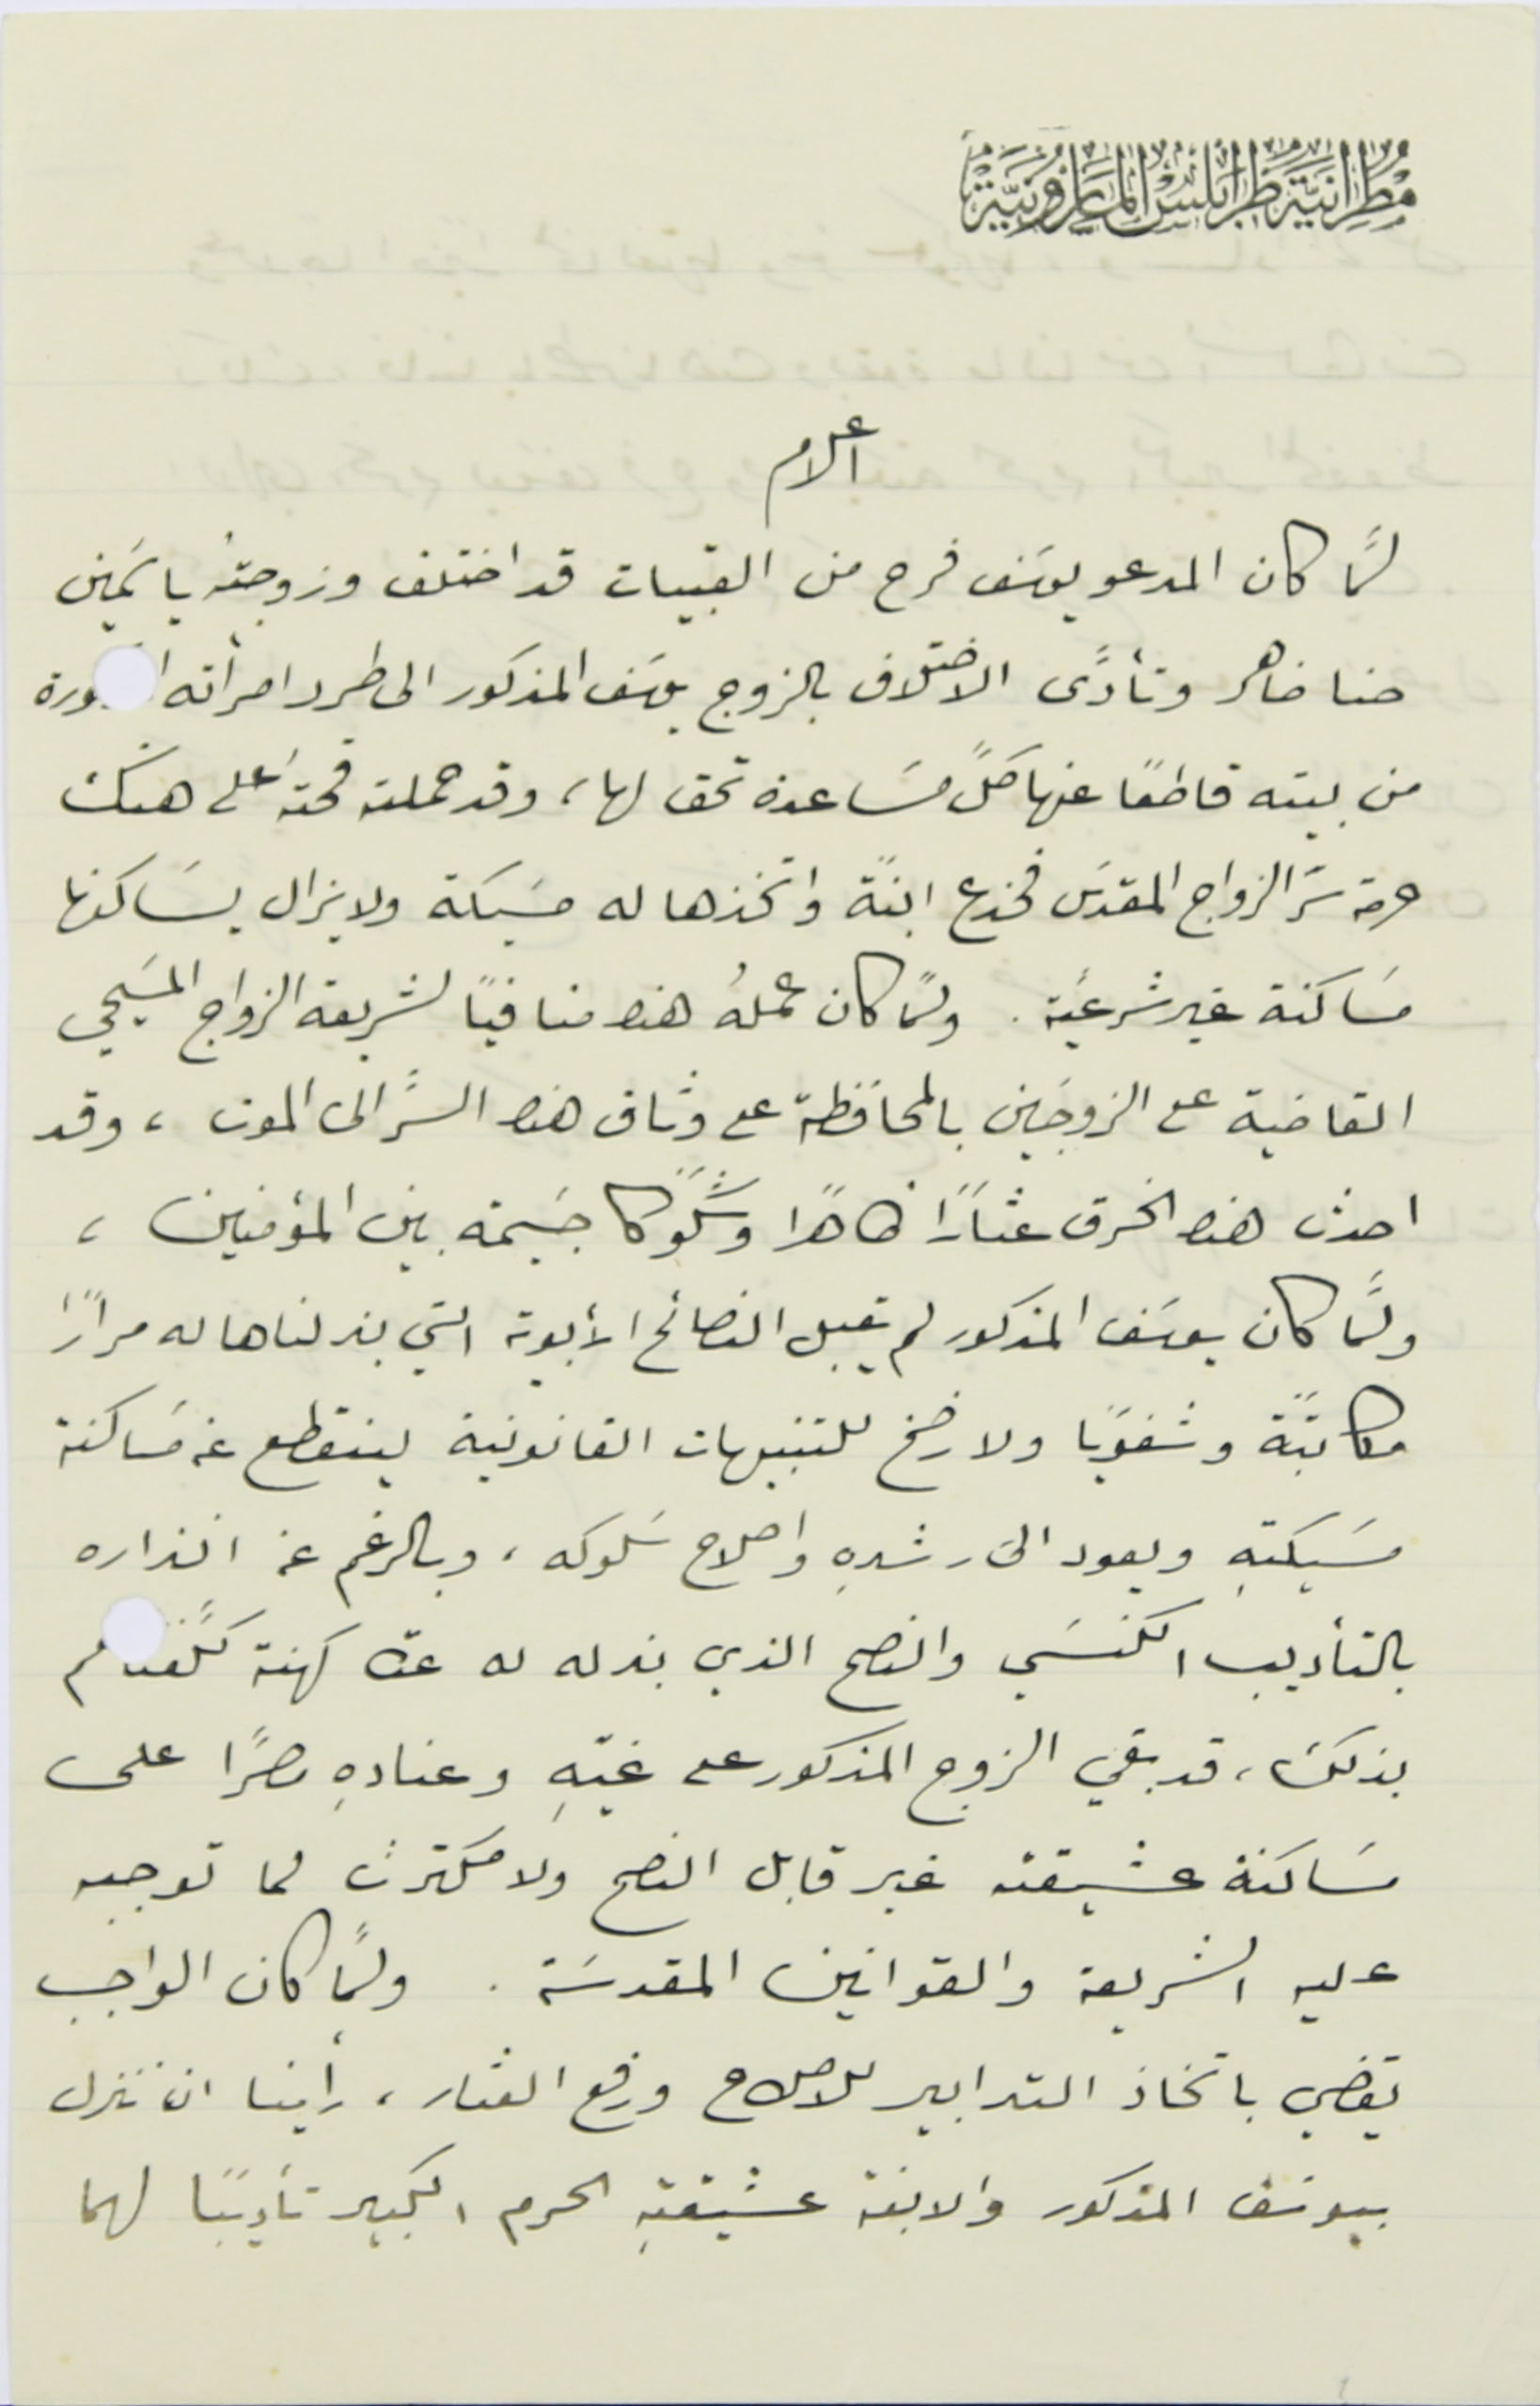
مُطرانية طرابلس المارونية
اعلام
لمَّا كان المدعو يوسَف فرح من القبيات قد اختلف وزوجتَه ياسَمين
حنا ضاهر وتأدَّى الاختلاف بالزوج يوسَف المذكور الى طرد امرأته  ا    ورة
من بيته قاطعاً عنها كلَّ مسَاعدة تحق لها، وقد حملته قحته على هتك
حرمة سَر الزواج المقدَس فخدع ابنةً واتخذها له مسَيكة ولا يزال يسَاكنها
 مسَاكنة غير شرعيَّة. ولمَّا كان عملهُ هذا منافياً لشريعة الزواج المسَيحي
القاضية على الزوجَين بالمحافظة على وثاق هذا السَّر الى الموت، وقد
احدث هذه الخرق عثارًا ظاهرًا وشكوكًا جسيمة بين المؤمنين،
ولمَّا كان يوسَف المذكور لم يقبل النصائح الأبوية التي بذلناها له مرارًا
مكاتبًة وشفوياً ولا رضخ للتنبيهات القانونية لينقطع عن مسَاكنة
مسَيكتهِ ويعود الى رشدِه واصلاح سَلوكه، وبالرغم عن انذاره
بالتأديب الكنسَي والنصح الذي بذله له عدة كهنة كلَّفىـ ـم
بذلك، قد بقي الزوج المذكور على غيّهِ وعنادهِ مصرًا على
مسَاكنة عشيقته غير قابل النصح ولا مكترث لما توجبه
عليه الشريعة والقوانين المقدسَة. ولمَّا كان الواجب
يقضي باتخاذ التدابير للاصلاح ورفع العثار، رأينا ان تنزل
بيوسَف المذكور والابنة عشيقتهِ الحرم الكبير تأديبًا لهما